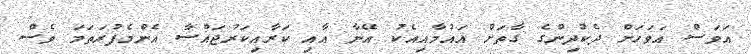
އަވަސް އަވަހަށް ދެކުދިންގެ ގާތަށް އައުމާއިއެކު އޭނާ އާއި ކަރާއިކަރުޖައްސާ އެންމެފުރަތަމަ ވެސް